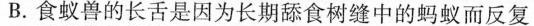
B.食蚁兽的长舌是因为长期舔食树缝中的蚂蚁而反复